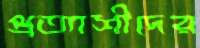
প্রত্যাশীদের